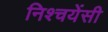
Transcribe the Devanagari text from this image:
निश्चयेंसी